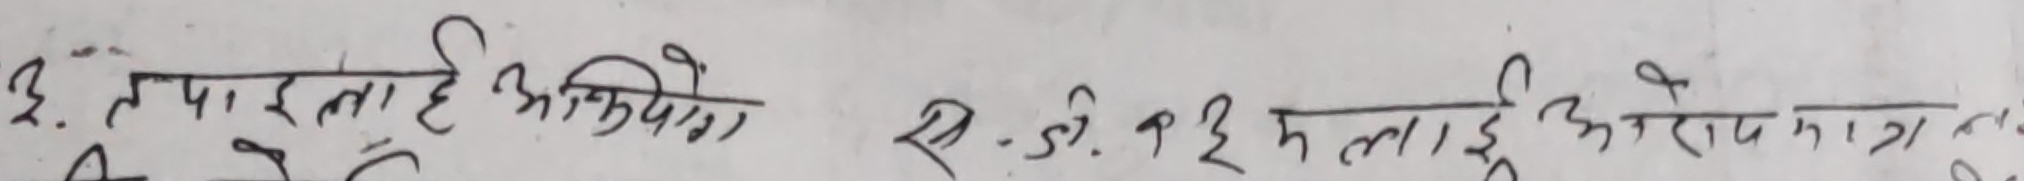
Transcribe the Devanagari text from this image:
३. तपाइँहरु अधिपेवा
स.डि.ई २ लाई अग्रेण मात्रामा ह.